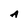
Character: A